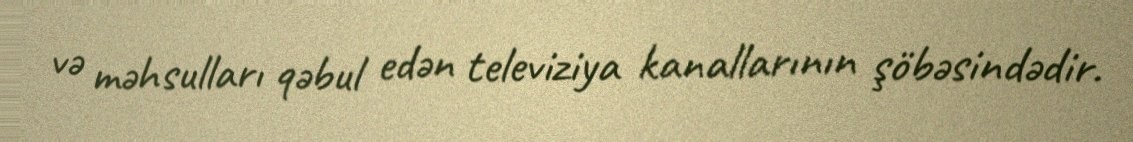
və məhsulları qəbul edən televiziya kanallarının şöbəsindədir.